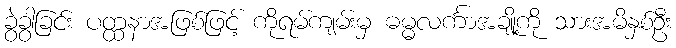
ခွဲခွာခြင်း ပတ္ထနာအဖြစ်ဖြင့် ကိုရမ်ကျမ်းမှ ဓမ္မလင်္ကာအချို့ကို သားအမိနှစ်ဦး